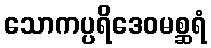
သောကပ္ပရိဒေဝမစ္ဆရံ